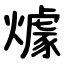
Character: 㷾